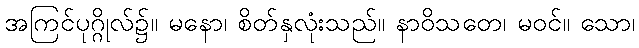
အကြင်ပုဂ္ဂိုလ်၌။ မနော၊ စိတ်နှလုံးသည်။ နာဝိသတေ၊ မဝင်။ သော၊